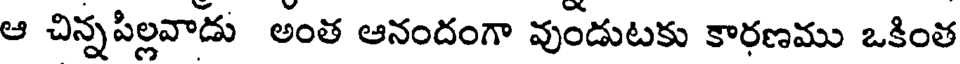
ఆ చిన్నపిల్లవాడు అంత ఆనందంగా వుండుటకు కారణము ఒకింత